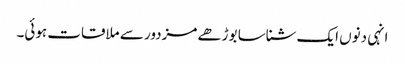
انہی دنوں ایک شناسا بوڑھے مزدور سے ملاقات ہوئی۔